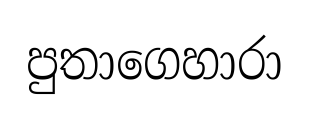
පුතාගෙහාරා